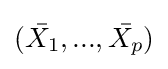
({\bar {X_{1}}},...,{\bar {X_{p}}})